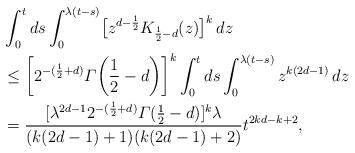
LaTeX: \begin{align*} &\int_{0}^{t}ds\int_{0}^{\lambda(t-s)} \bigl[z^{d-\frac{1}{2}}K_{\frac{1}{2}-d}(z)\bigr]^{k}\,dz\\&\leq \biggl[2^{-(\frac{1}{2}+d)}\varGamma\biggl(\frac{1}{2}-d\biggr) \biggr]^{k}\int_{0}^{t}ds\int_{0}^{\lambda(t-s)}z^{k(2d-1)}\,dz\\&=\frac{ [\lambda^{2d-1}2^{-(\frac{1}{2}+d)}\varGamma(\frac{1}{2}-d) ]^{k}\lambda}{(k(2d-1)+1)(k(2d-1)+2)}t^{2kd-k+2},\end{align*}